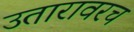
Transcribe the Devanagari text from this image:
उतारावरच